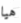
هيا